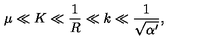
\mu \ll K \ll { \frac { 1 } { R } } \ll k \ll { \frac { 1 } { \sqrt { \alpha ^ { \prime } } } } ,